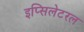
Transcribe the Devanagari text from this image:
इप्सिलेटरल